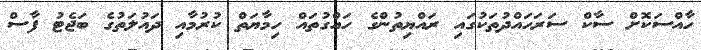
ހާއްސަކޮށް ސާކް ސަރަހައްދުތަކުގައި ރައްޔިތުންގެ ހައްގުތައް ހިމާޔަތް ކުރުމާއި ދައުލަތުގެ ބަޖެޓު ފާސް